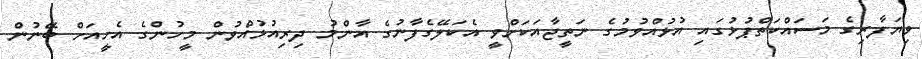
ވިޔަފާރިގެ މަސައްކަތްޕުޅުގައި އުޅުއްވުމުގެ ނަތީޖާއަކަށްވީ އެކަލޭގެފާނުގެ އާންމު ދިރިއުޅުއްވުން މީހުންގެ އެހީއަށް ބޭނުން